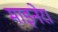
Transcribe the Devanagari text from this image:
माइनेरा